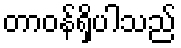
တာဝန်ရှိပါသည်